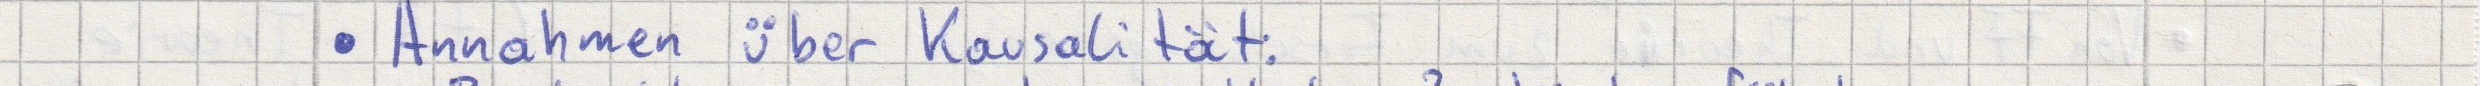
- Annahmen über Kausalität: